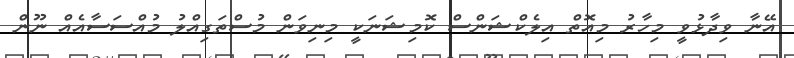
އޭނާ ވިދާޅުވީ މިހާރު މިއޮތް އިލެކްޝަންސް ކޮމިޝަނަކީ މިނިވަން މުސްތަގިއްލު މުއްސަސާއެއް ނޫން